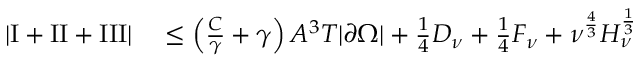
\begin{array} { r l } { \left\lvert \mathrm I + \mathrm { I I } + \mathrm { I I I } \right\rvert } & { { } \le \left( \frac C \gamma + \gamma \right) A ^ { 3 } T | \partial \Omega | + \frac 1 4 D _ { \nu } + \frac 1 4 F _ { \nu } + \nu ^ { \frac 4 3 } H _ { \nu } ^ { \frac 1 3 } } \end{array}